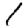
Digit: 1